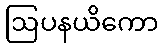
ဩပနယိကော